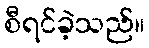
စီရင်ခဲ့သည်။